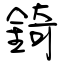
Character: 錡